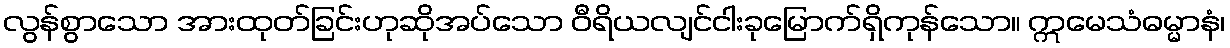
လွန်စွာသော အားထုတ်ခြင်းဟုဆိုအပ်သော ဝီရိယလျင်ငါးခုမြောက်ရှိကုန်သော။ ဣမေသံဓမ္မာနံ၊